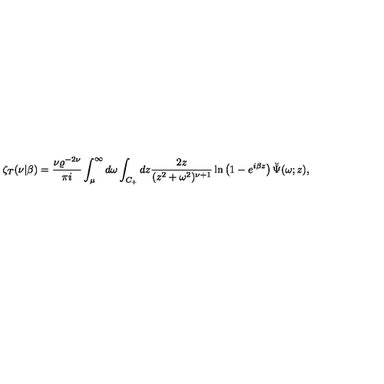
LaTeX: \zeta _ { T } ( \nu | \beta ) = { \frac { \nu \varrho ^ { - 2 \nu } } { \pi i } } \int _ { \mu } ^ { \infty } d \omega \int _ { C _ { + } } d z { \frac { 2 z } { ( z ^ { 2 } + \omega ^ { 2 } ) ^ { \nu + 1 } } } \ln \left( 1 - e ^ { i \beta z } \right) \breve { \Psi } ( \omega ; z ) ,